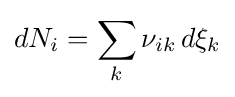
dN_{i}=\sum _{k}\nu _{ik}\,d\xi _{k}